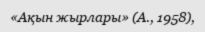
«Ақын жырлары» (А., 1958),